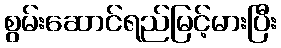
စွမ်းဆောင်ရည်မြင့်မားပြီး